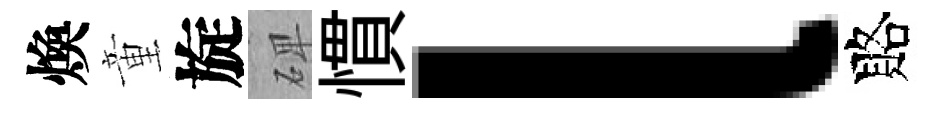
煥童旋𥓓慣l賂